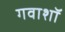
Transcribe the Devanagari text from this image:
गवाशॉ